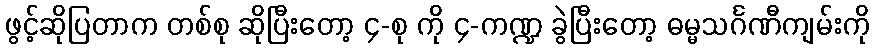
ဖွင့်ဆိုပြတာက တစ်စု ဆိုပြီးတော့ ၄-စု ကို ၄-ကဏ္ဍ ခွဲပြီးတော့ ဓမ္မသင်္ဂဏီကျမ်းကို